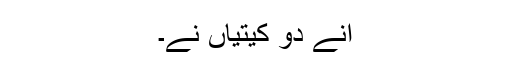
اِنے دو کیتیاں نے۔